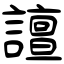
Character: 譠